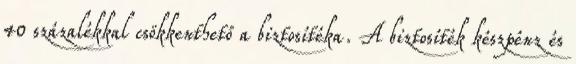
40 százalékkal csökkenthető a biztosítéka. A biztosíték készpénz és